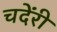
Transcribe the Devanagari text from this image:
चदेंरी